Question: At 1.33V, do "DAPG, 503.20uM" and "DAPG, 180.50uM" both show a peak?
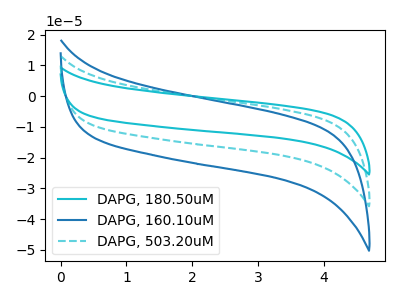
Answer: <think>The cyan curve "DAPG, 180.50uM" has no peaks. The blue curve "DAPG, 160.10uM" has no peaks. The cyan dashed curve "DAPG, 503.20uM" has no peaks.</think>
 <answer>No, "DAPG, 503.20uM" and "DAPG, 180.50uM" dont share a peak at 1.33V.</answer>
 <eval>mismatch</eval>